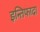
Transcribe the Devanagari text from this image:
इन्तिफादा